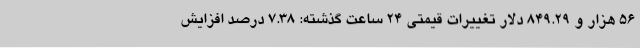
۵۶ هزار و ۸۴۹.۲۹ دلار تغییرات قیمتی ۲۴ ساعت گذشته: ۷.۳۸ درصد افزایش